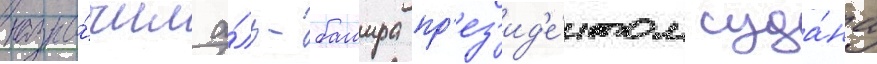
назна́чил а́ль-башира пр'ез'ид'е́нтом суда́на